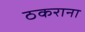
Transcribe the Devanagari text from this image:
ठकराना